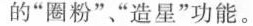
的”圈粉””造星”功能。